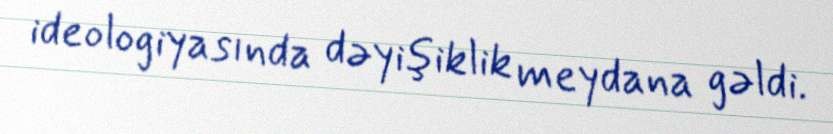
ideologiyasında dəyişiklik meydana gəldi.